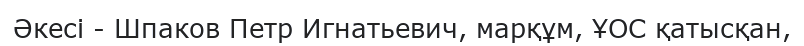
Әкесі - Шпаков Петр Игнатьевич, марқұм, ҰОС қатысқан,